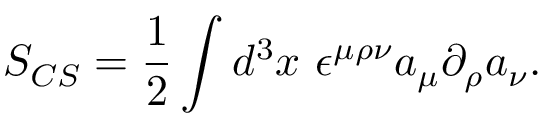
S _ { C S } = \frac { 1 } { 2 } \int d ^ { 3 } x ~ \epsilon ^ { \mu \rho \nu } a _ { \mu } \partial _ { \rho } a _ { \nu } .